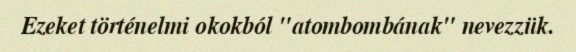
Ezeket történelmi okokból "atombombának" nevezzük.